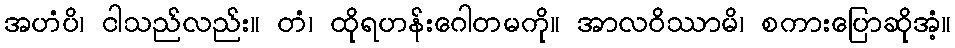
အဟံပိ၊ ငါသည်လည်း။ တံ၊ ထိုရဟန်းဂေါတမကို။ အာလဝိဿာမိ၊ စကားပြောဆိုအံ့။